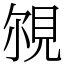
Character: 覙